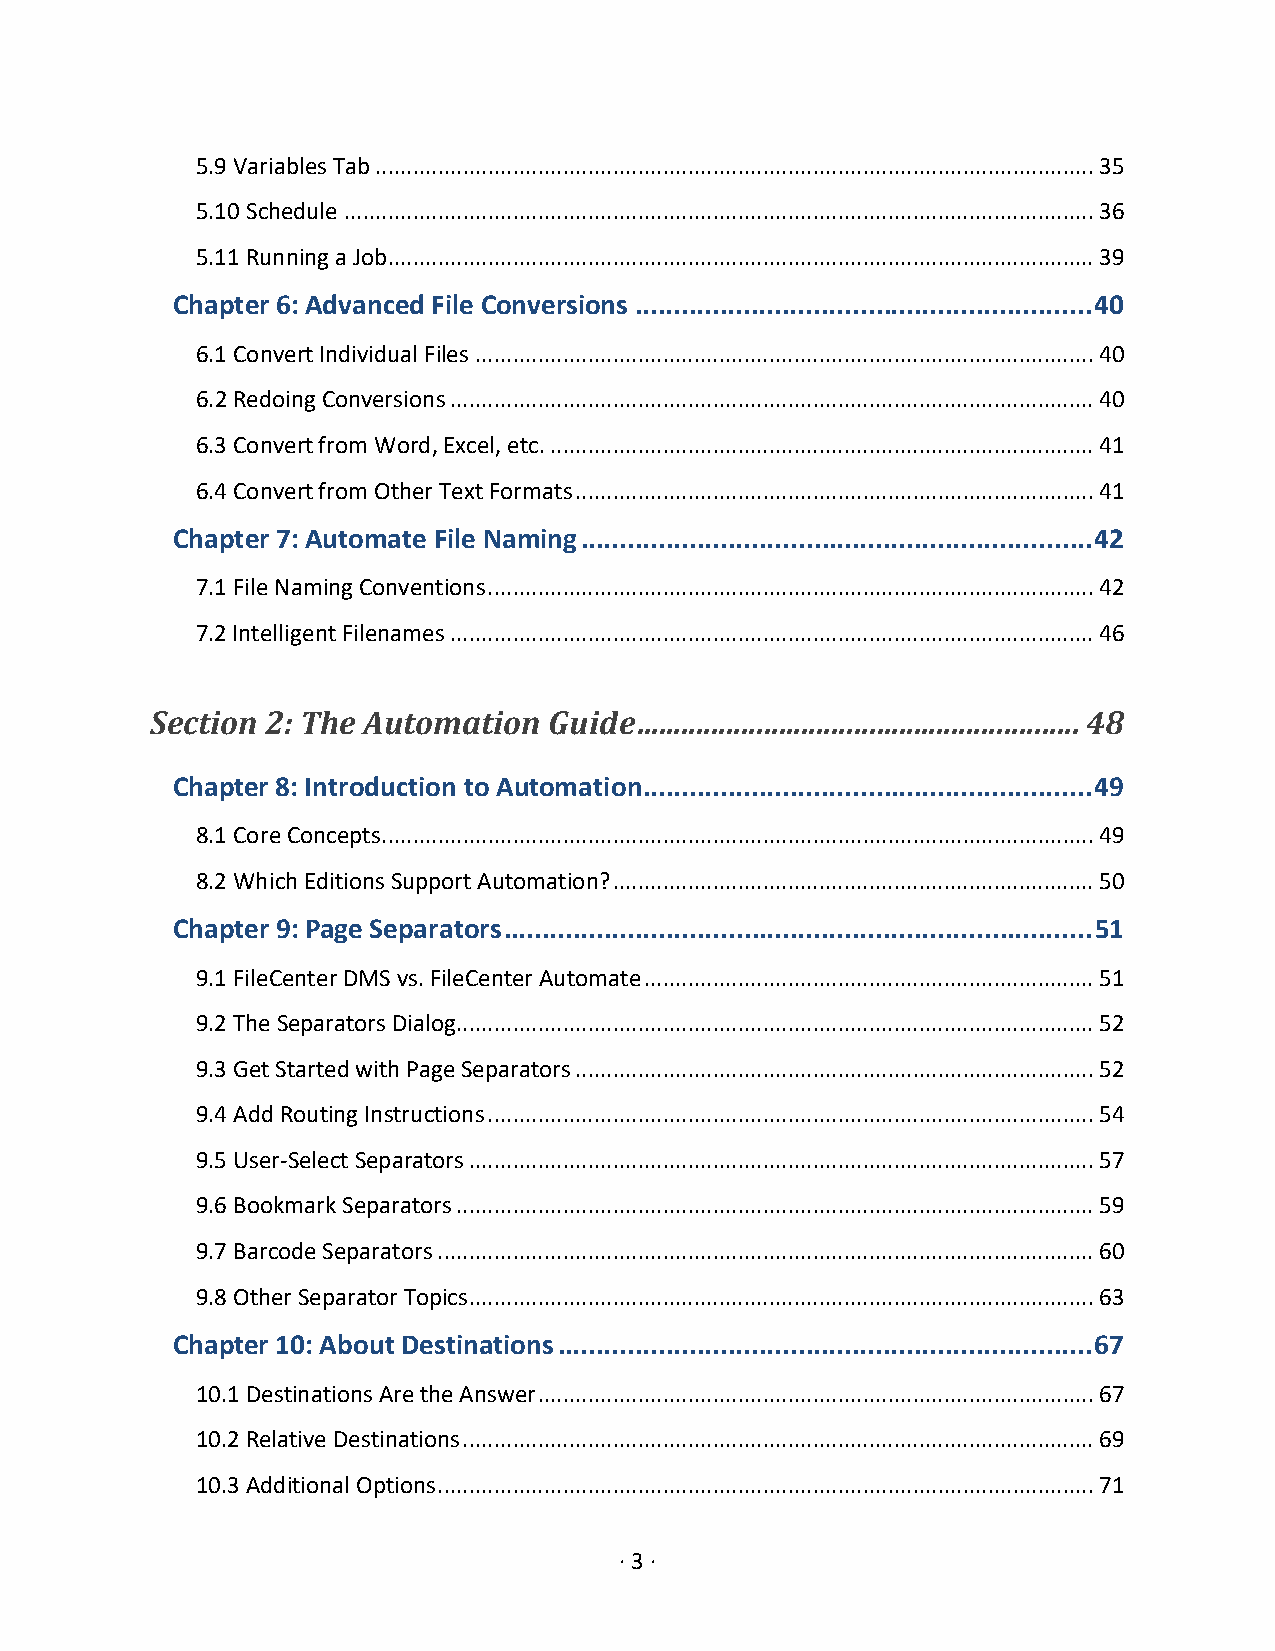
5.9 Variables Tab ................................................................................................................... 35
 5.10 Schedule ........................................................................................................................ 36
 5.11 Running a Job ................................................................................................................. 39
 Chapter 6: Advanced File Conversions ........................................................... 40
 6.1 Convert Individual Files ................................................................................................... 40
 6.2 Redoing Conversions ....................................................................................................... 40
 6.3 Convert from Word, Excel, etc. ....................................................................................... 41
 6.4 Convert from Other Text Formats ................................................................................... 41
 Chapter 7: Automate File Naming .................................................................. 42
 7.1 File Naming Conventions ................................................................................................. 42
 7.2 Intelligent Filenames ....................................................................................................... 46
 Section 2: The Automation Guide ........................................................... 48
 Chapter 8: Introduction to Automation .......................................................... 49
 8.1 Core Concepts .................................................................................................................. 49
 8.2 Which Editions Support Automation? ............................................................................. 50
 Chapter 9: Page Separators ............................................................................ 51
 9.1 FileCenter DMS vs. FileCenter Automate ........................................................................ 51
 9.2 The Separators Dialog ...................................................................................................... 52
 9.3 Get Started with Page Separators ................................................................................... 52
 9.4 Add Routing Instructions ................................................................................................. 54
 9.5 User-Select Separators .................................................................................................... 57
 9.6 Bookmark Separators ...................................................................................................... 59
 9.7 Barcode Separators ......................................................................................................... 60
 9.8 Other Separator Topics .................................................................................................... 63
 Chapter 10: About Destinations ..................................................................... 67
 10.1 Destinations Are the Answer ......................................................................................... 67
 10.2 Relative Destinations ..................................................................................................... 69
 10.3 Additional Options ......................................................................................................... 71
 · 3 ·